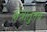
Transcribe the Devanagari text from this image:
क्षेत्रातुनच